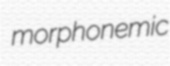
morphonemic